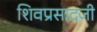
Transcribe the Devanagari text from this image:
शिवप्रसादजी